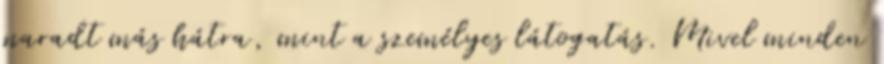
maradt más hátra, mint a személyes látogatás. Mivel minden